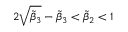
2 \sqrt { \widetilde { \beta } _ { 3 } } - \widetilde { \beta } _ { 3 } < \widetilde { \beta } _ { 2 } < 1